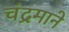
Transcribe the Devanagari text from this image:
चंद्रमाने